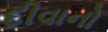
દીવાનો